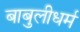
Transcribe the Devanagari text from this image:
बाबुलीधर्म